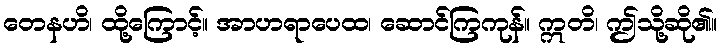
တေနဟိ၊ ထို့ကြောင့်။ အာဟရာပေထ၊ ဆောင်ကြကုန်။ ဣတိ၊ ဤသို့ဆို၏။